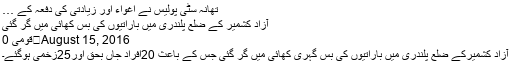
تھانہ سٹی پولیس نے اغواء اور زیادتی کی دفعہ کے …
آزاد کشمیر کے ضلع پلندری میں باراتیوں کی بس کھائی میں گر گئی
August 15, 2016	قومی 0
آزاد کشمیرکے ضلع پلندری میں باراتیوں کی بس گہری کھائی میں گر گئی جس کے باعث 20افراد جاں بحق اور25زخمی ہوگئے۔